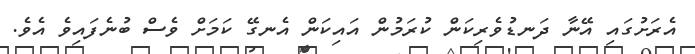
އެރަށުގައި އޭނާ ދަނޑުވެރިކަން ކުރަމުން އައިކަން އެނގޭ ކަމަށް ވެސް ބުނެފައިވެ އެވެ.